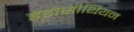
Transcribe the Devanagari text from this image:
इंडोसीथियन